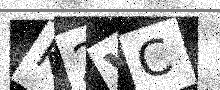
Text: K2VC